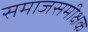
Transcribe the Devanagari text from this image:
समाजसमीक्षक